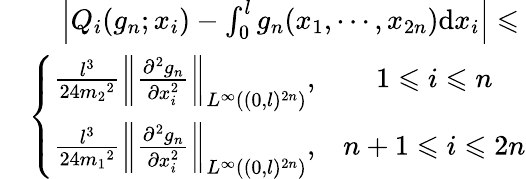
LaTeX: \begin{array}{rl}&{~~~~\left|Q_{i}(g_{n};x_{i})-\int_{0}^{l}g_{n}(x_{1},\cdots,x_{2n})\mathrm{d}x_{i}\right|\leqslant}\\ &{\left\{ \begin{array}{lcr}{\frac{l^{3}}{24{m_{2}}^{2}}\left\| \frac{\partial^{2}g_{n}}{\partial x_{i}^{2}}\right\| _{L^{\infty}((0,l)^{2n})},}&{1\leqslant i\leqslant n}\\ {\frac{l^{3}}{24{m_{1}}^{2}}\left\| \frac{\partial^{2}g_{n}}{\partial x_{i}^{2}}\right\| _{L^{\infty}((0,l)^{2n})},}&{{n+1}\leqslant i\leqslant 2n}\end{array}\right.}\end{array}